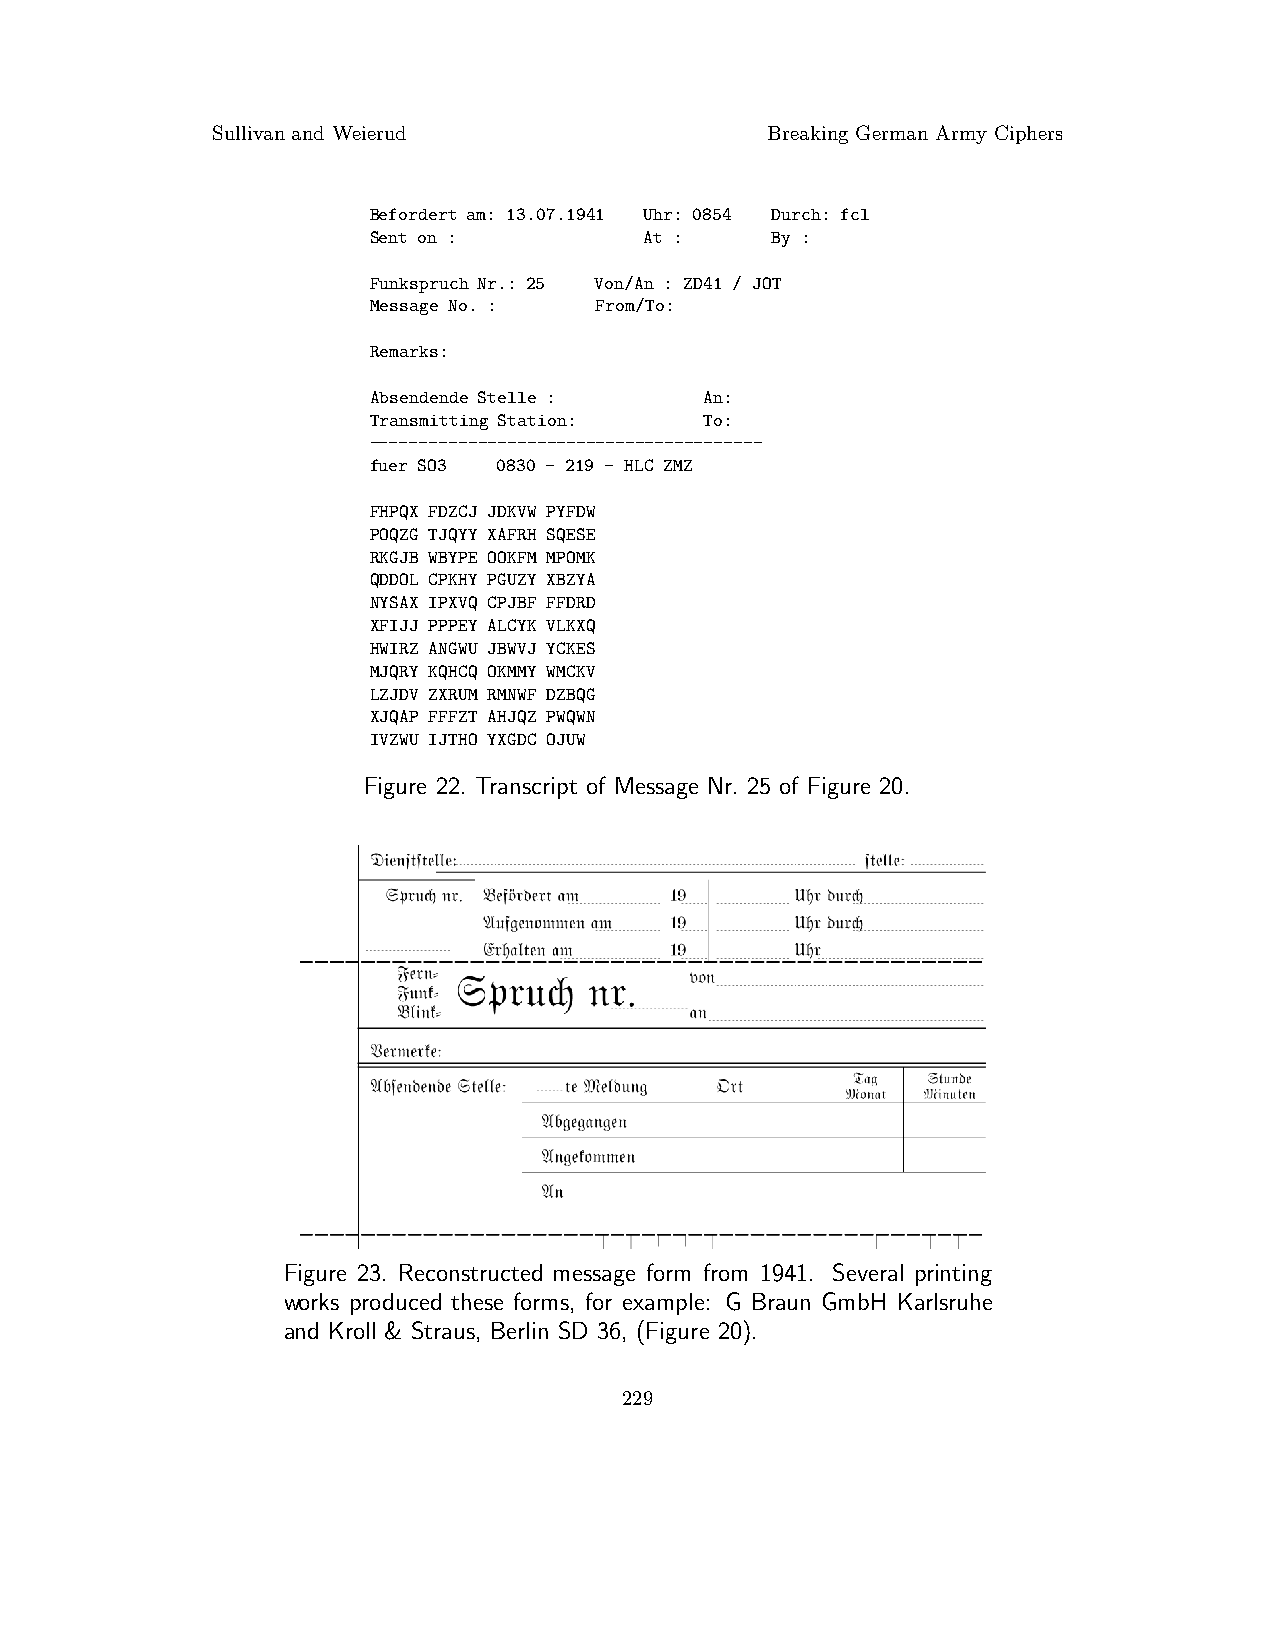
Sullivanand Weierud                  Breaking German Army Ciphers
 Befordert am: 13.07.1941 Uhr: 0854 Durch: fcl
 Sent on :          At :    By :
 Funkspruch Nr.: 25 Von/An : ZD41 / JOT
 Message No. :  From/To:
 Remarks:
 Absendende Stelle :    An:
 Transmitting Station:  To:
 ----------------------------------------
 fuer SO3 0830 - 219 - HLC ZMZ
 FHPQX FDZCJ JDKVW PYFDW
 POQZG TJQYY XAFRH SQESE
 RKGJB WBYPE OOKFM MPOMK
 QDDOL CPKHY PGUZY XBZYA
 NYSAX IPXVQ CPJBF FFDRD
 XFIJJ PPPEY ALCYK VLKXQ
 HWIRZ ANGWU JBWVJ YCKES
 MJQRY KQHCQ OKMMY WMCKV
 LZJDV ZXRUM RMNWF DZBQG
 XJQAP FFFZT AHJQZ PWQWN
 IVZWU IJTHO YXGDC OJUW
 Figure 22. Transcript of Message Nr. 25 of Figure 20.
 Figure 23. Reconstructed message form from 1941. Several printing
 works produced these forms, for example: G Braun GmbH Karlsruhe
 and Kroll & Straus, Berlin SD 36, (Figure 20).
 229